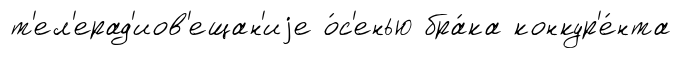
т'ел'ерад'иов'ещан'иjе о́с'енью бра́ка конкур'е́нта